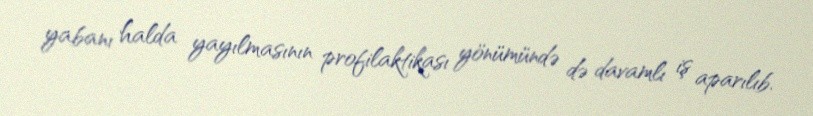
yabanı halda yayılmasının profilaktikası yönümündə də davamlı iş aparılıb.